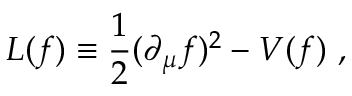
{ \cal L } ( f ) \equiv { \frac { 1 } { 2 } } ( \partial _ { \mu } f ) ^ { 2 } - V ( f ) \ ,